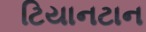
ટિયાનટાન